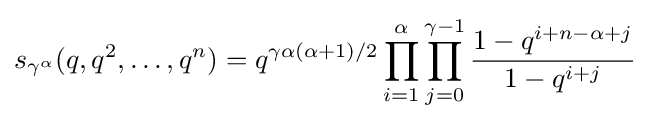
s_{\gamma ^{\alpha }}(q,q^{2},\ldots ,q^{n})=q^{\gamma \alpha (\alpha +1)/2}\prod _{i=1}^{\alpha }\prod _{j=0}^{\gamma -1}{\frac {1-q^{i+n-\alpha +j}}{1-q^{i+j}}}